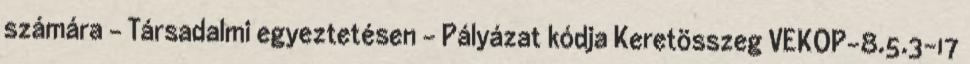
számára - Társadalmi egyeztetésen - Pályázat kódja Keretösszeg VEKOP-8.5.3-17